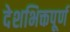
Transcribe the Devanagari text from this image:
देशभिक्तपूर्ण